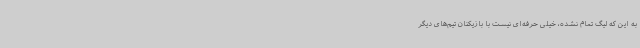
به این که لیگ تمام نشده، خیلی حرفه‌ای نیست با بازیکنان تیم‌های دیگر